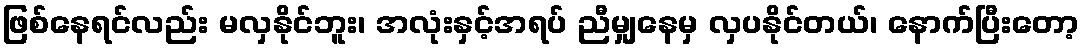
ဖြစ်နေရင်လည်း မလှနိုင်ဘူး၊ အလုံးနှင့်အရပ် ညီမျှနေမှ လှပနိုင်တယ်၊ နောက်ပြီးတော့